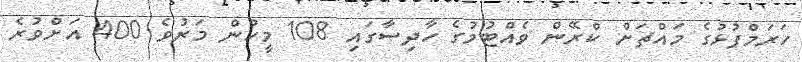
ހަރަމްފުޅުގެ މައްޗަށް ކްރޭން ވެއްޓުމުގެ ހާދިސާގައި 108 މީހުން މަރުވެ 400 އަށްވުރެ